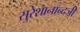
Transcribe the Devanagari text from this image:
सुरेशानान्दजी